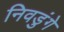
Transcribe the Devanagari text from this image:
निवडुंगे